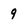
Character: 9